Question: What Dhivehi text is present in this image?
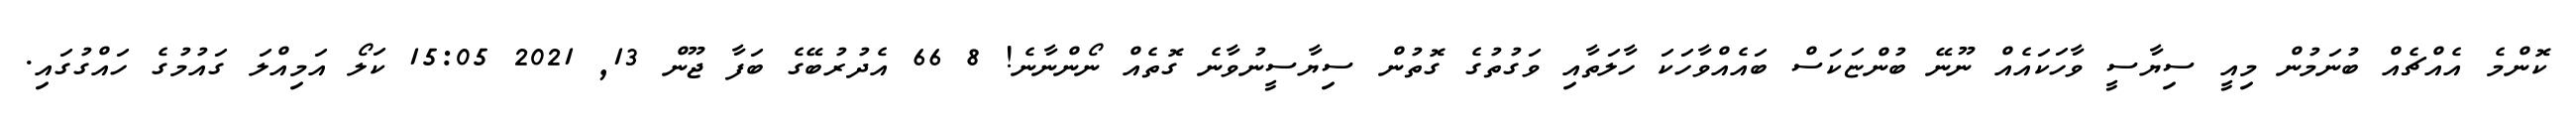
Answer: ކޮންމެ އެއްޗެއް ބުނަމުން މިއީ ސިޔާސީ ވާހަކައެއް ނޫނޭ ބުންޏަކަސް ބައެއްވާހަކަ ހާލަތާއި ވަގުތުގެ ގޮތުން ސިޔާސީނުވާނެ ގޮތެއް ނޯންނާނެ! 8 66 އެދުރުބޭގެ ބަފާ ޖޫން 13, 2021 15:05 ކަލޯ އަމިއްލަ ގައުމުގެ ހައްގުގައި.